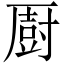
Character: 㕑